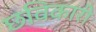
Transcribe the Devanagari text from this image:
छविकारी